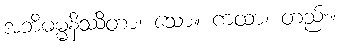
အဘိဓမ္မနိဿိတာ၊ သော။ ကထာ၊ တည်း။